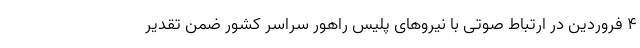
۴ فروردین در ارتباط صوتی با نیروهای پلیس راهور سراسر کشور ضمن تقدیر